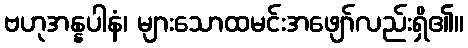
ဗဟုအန္နပါနံ၊ များသောထမင်းအဖျော်လည်းရှိ၏။